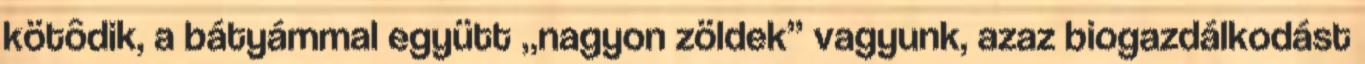
kötôdik, a bátyámmal együtt „nagyon zöldek” vagyunk, azaz biogazdálkodást